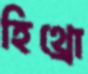
হিথ্রো